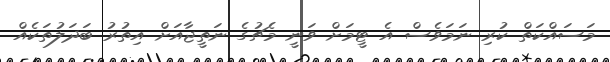
މަސައްކަތް ކުރި ނަމަވެސް އެ ޓީމަށް ވަނީ މެޗުގެ ނަތީޖާއަށް އިތުރު ބަދަލުތަކެއް